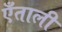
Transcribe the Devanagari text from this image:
एँताली